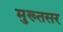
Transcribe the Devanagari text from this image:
मुख्तसर